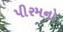
પીરમનો